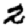
Digit: 2